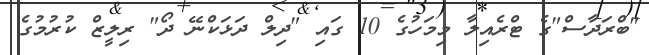
"ބްރަދާސް"ގެ ޓްރެއިލާ މިމަހުގެ 10 ގައި "ދިލް ދަޅަކްނޭ ދޯ" ރިލީޒް ކުރުމުގެ